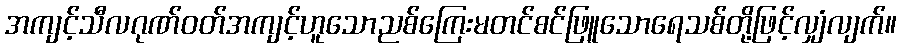
အကျင့်သီလဂုဏ်ဝတ်အကျင့်ဟူသောညစ်ကြေးမတင်စင်ဖြူသောရေသစ်တို့ဖြင့်လျှံလျက်။